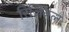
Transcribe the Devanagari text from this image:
रिजिनल